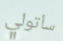
سأتولي